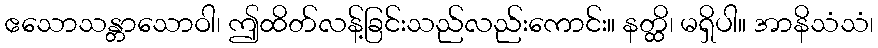
ဧသောသန္တာသောဝါ၊ ဤထိတ်လန့်ခြင်းသည်လည်းကောင်း။ နတ္ထိ၊ မရှိပါ။ အာနိသံသံ၊